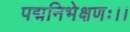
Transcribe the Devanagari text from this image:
पद्मनिभेक्षणः।।